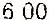
6.00